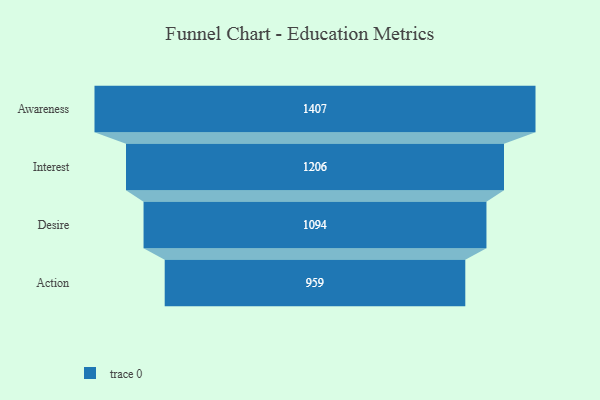
{"axis": {"x": "Stage", "y": "Value"}, "legend": [""], "data": [{"x": "Awareness", "y": 1407.0, "type": ""}, {"x": "Interest", "y": 1206.0, "type": ""}, {"x": "Desire", "y": 1094.0, "type": ""}, {"x": "Action", "y": 959.0, "type": ""}]}